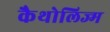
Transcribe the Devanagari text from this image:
कैथोलिज्म